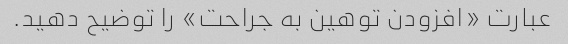
عبارت «افزودن توهین به جراحت» را توضیح دهید.